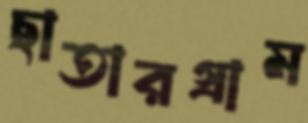
ছাতারগ্রাম